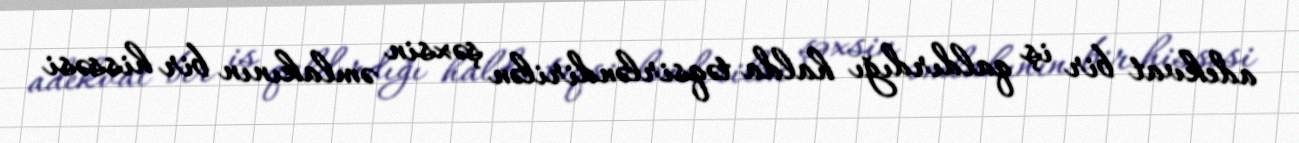
adekvat bir iş qaldırdığı halda təqsirləndirilən şəxsin əmlakının bir hissəsi